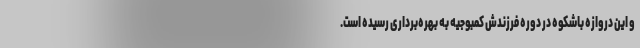
و این دروازه باشکوه در دوره فرزندش کمبوجیه به بهره‌برداری رسیده است.